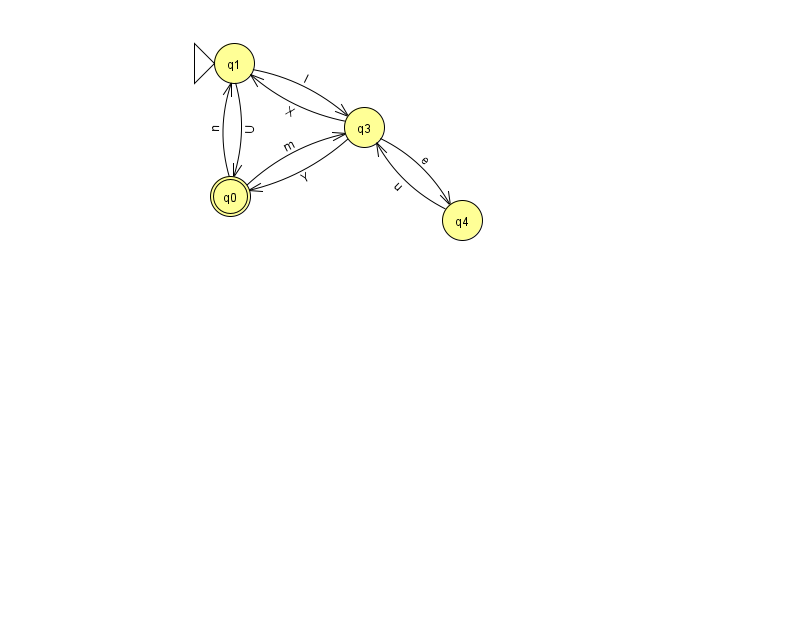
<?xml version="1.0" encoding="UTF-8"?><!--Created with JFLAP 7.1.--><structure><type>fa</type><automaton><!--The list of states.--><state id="0" name="q0"><x>230.0</x><y>183.0</y><final/></state><state id="1" name="q1"><x>234.0</x><y>50.0</y><initial/></state><state id="3" name="q3"><x>364.0</x><y>114.0</y></state><state id="4" name="q4"><x>462.0</x><y>207.0</y></state><!--The list of transitions.--><transition><from>0</from><to>1</to><read>n</read></transition><transition><from>3</from><to>1</to><read>X</read></transition><transition><from>3</from><to>4</to><read>e</read></transition><transition><from>4</from><to>3</to><read>u</read></transition><transition><from>1</from><to>3</to><read>l</read></transition><transition><from>0</from><to>3</to><read>m</read></transition><transition><from>1</from><to>0</to><read>U</read></transition><transition><from>3</from><to>0</to><read>Y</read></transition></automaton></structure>